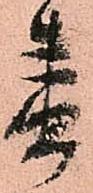
春